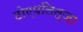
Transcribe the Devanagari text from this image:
टोएपलित्ज़ा